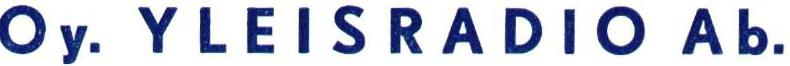
Oy. YLEISRADIO Ab